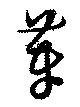
菶